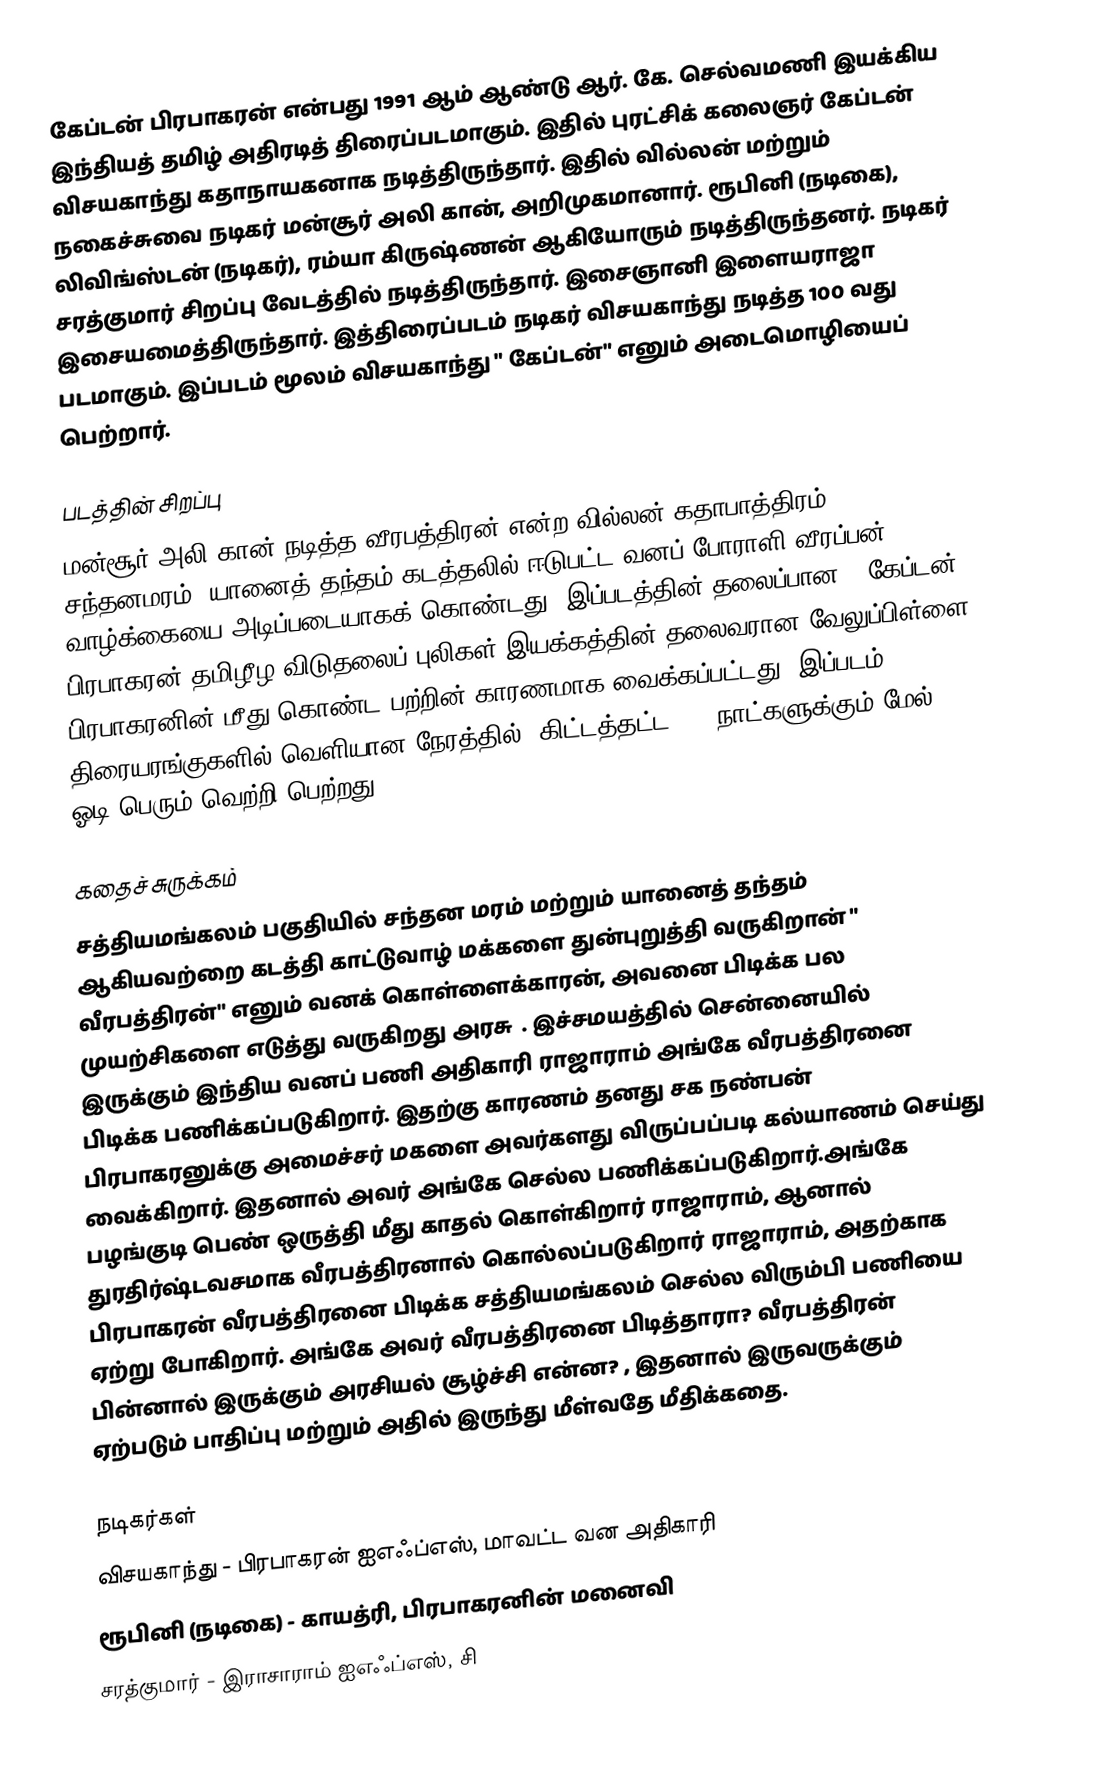
கேப்டன் பிரபாகரன்  என்பது 1991 ஆம் ஆண்டு ஆர். கே. செல்வமணி இயக்கிய இந்தியத் தமிழ் அதிரடித் திரைப்படமாகும். இதில் புரட்சிக் கலைஞர் கேப்டன் விசயகாந்து கதாநாயகனாக நடித்திருந்தார். இதில் வில்லன் மற்றும் நகைச்சுவை நடிகர் மன்சூர் அலி கான், அறிமுகமானார். ரூபினி (நடிகை), லிவிங்ஸ்டன் (நடிகர்), ரம்யா கிருஷ்ணன் ஆகியோரும் நடித்திருந்தனர். நடிகர் சரத்குமார் சிறப்பு வேடத்தில் நடித்திருந்தார். இசைஞானி இளையராஜா இசையமைத்திருந்தார். இத்திரைப்படம் நடிகர் விசயகாந்து நடித்த 100 வது படமாகும். இப்படம் மூலம் விசயகாந்து  " கேப்டன்" எனும் அடைமொழியைப் பெற்றார்.

படத்தின் சிறப்பு
மன்சூர் அலி கான் நடித்த வீரபத்திரன் என்ற வில்லன் கதாபாத்திரம் சந்தனமரம், யானைத் தந்தம் கடத்தலில் ஈடுபட்ட வனப் போராளி வீரப்பன்  வாழ்க்கையை அடிப்படையாகக் கொண்டது. இப்படத்தின் தலைப்பான " கேப்டன் பிரபாகரன் தமிழீழ விடுதலைப் புலிகள் இயக்கத்தின் தலைவரான வேலுப்பிள்ளை பிரபாகரனின் மீது கொண்ட பற்றின் காரணமாக வைக்கப்பட்டது. இப்படம் திரையரங்குகளில் வெளியான நேரத்தில், கிட்டத்தட்ட 300 நாட்களுக்கும் மேல் ஓடி பெரும் வெற்றி பெற்றது.

கதைச் சுருக்கம்
சத்தியமங்கலம் பகுதியில் சந்தன மரம் மற்றும் யானைத் தந்தம்  ஆகியவற்றை கடத்தி காட்டுவாழ் மக்களை துன்புறுத்தி வருகிறான் " வீரபத்திரன்" எனும் வனக் கொள்ளைக்காரன், அவனை பிடிக்க பல முயற்சிகளை எடுத்து வருகிறது அரசு  . இச்சமயத்தில் சென்னையில் இருக்கும் இந்திய வனப் பணி அதிகாரி ராஜாராம் அங்கே வீரபத்திரனை பிடிக்க பணிக்கப்படுகிறார். இதற்கு காரணம் தனது சக நண்பன் பிரபாகரனுக்கு அமைச்சர் மகளை அவர்களது விருப்பப்படி கல்யாணம் செய்து வைக்கிறார். இதனால் அவர் அங்கே செல்ல பணிக்கப்படுகிறார்.அங்கே பழங்குடி பெண் ஒருத்தி மீது காதல் கொள்கிறார் ராஜாராம், ஆனால் துரதிர்ஷ்டவசமாக வீரபத்திரனால் கொல்லப்படுகிறார் ராஜாராம், அதற்காக பிரபாகரன் வீரபத்திரனை பிடிக்க சத்தியமங்கலம் செல்ல விரும்பி பணியை ஏற்று போகிறார். அங்கே அவர் வீரபத்திரனை பிடித்தாரா? வீரபத்திரன் பின்னால் இருக்கும் அரசியல் சூழ்ச்சி என்ன? , இதனால் இருவருக்கும் ஏற்படும் பாதிப்பு மற்றும் அதில் இருந்து மீள்வதே மீதிக்கதை.

நடிகர்கள்
 விசயகாந்து - பிரபாகரன் ஐஎஃப்எஸ், மாவட்ட வன அதிகாரி
 ரூபினி (நடிகை) - காயத்ரி, பிரபாகரனின் மனைவி
 சரத்குமார் - இராசாராம் ஐஎஃப்எஸ், சி